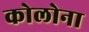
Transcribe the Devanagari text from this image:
कोलोना